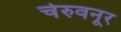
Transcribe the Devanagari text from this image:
चेरुवनूर